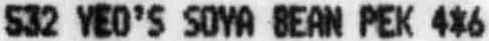
532 YEO'S SOYA BEAN PEK 4*6